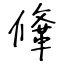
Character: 鞗